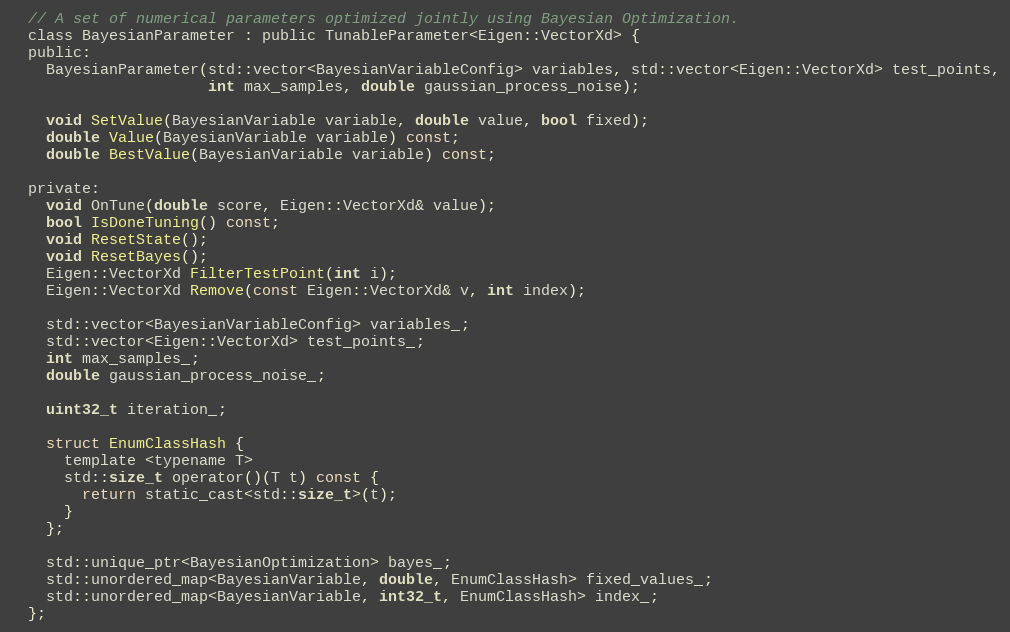
Language: C
  // A set of numerical parameters optimized jointly using Bayesian Optimization.
  class BayesianParameter : public TunableParameter<Eigen::VectorXd> {
  public:
    BayesianParameter(std::vector<BayesianVariableConfig> variables, std::vector<Eigen::VectorXd> test_points,
                      int max_samples, double gaussian_process_noise);

    void SetValue(BayesianVariable variable, double value, bool fixed);
    double Value(BayesianVariable variable) const;
    double BestValue(BayesianVariable variable) const;

  private:
    void OnTune(double score, Eigen::VectorXd& value);
    bool IsDoneTuning() const;
    void ResetState();
    void ResetBayes();
    Eigen::VectorXd FilterTestPoint(int i);
    Eigen::VectorXd Remove(const Eigen::VectorXd& v, int index);

    std::vector<BayesianVariableConfig> variables_;
    std::vector<Eigen::VectorXd> test_points_;
    int max_samples_;
    double gaussian_process_noise_;

    uint32_t iteration_;

    struct EnumClassHash {
      template <typename T>
      std::size_t operator()(T t) const {
        return static_cast<std::size_t>(t);
      }
    };

    std::unique_ptr<BayesianOptimization> bayes_;
    std::unordered_map<BayesianVariable, double, EnumClassHash> fixed_values_;
    std::unordered_map<BayesianVariable, int32_t, EnumClassHash> index_;
  };